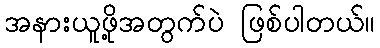
အနားယူဖို့အတွက်ပဲ ဖြစ်ပါတယ်။